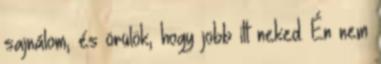
sajnálom, és örülök, hogy jobb itt neked. Én nem